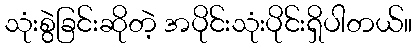
သုံးစွဲခြင်းဆိုတဲ့ အပိုင်းသုံးပိုင်းရှိပါတယ်။